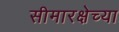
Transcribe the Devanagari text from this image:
सीमारक्षेच्या